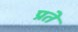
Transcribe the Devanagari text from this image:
प्रते